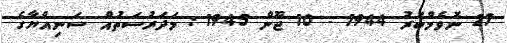
27 ނޮވެމްބަރު 1944 - 10 ޖޫން 1945 : މަދަރުސަތުއް ސަނިއްޔާގެ